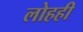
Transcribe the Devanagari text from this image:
लोहही